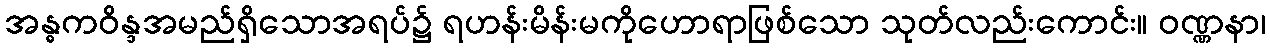
အန္ဓကဝိန္ဒအမည်ရှိသောအရပ်၌ ရဟန်းမိန်းမကိုဟောရာဖြစ်သော သုတ်လည်းကောင်း။ ဝဏ္ဏနာ၊